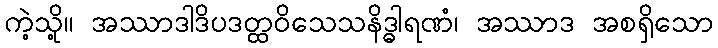
ကဲ့သို့။ အဿာဒါဒိပဒတ္ထဝိသေသနိဒ္ဓါရဏံ၊ အဿာဒ အစရှိသော